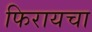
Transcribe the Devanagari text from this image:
फिरायचा